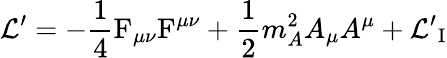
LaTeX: {\cal L^{\prime}}=-\frac{1}{4}\mathrm{F}_{\mu\nu}\mathrm{F}^{\mu\nu}+\frac{1}{2}m_{A}^{2}A_{\mu}A^{\mu}+{\cal{L^{\prime}}_{\mathrm{I}}}